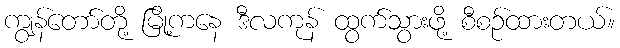
ကျွန်တော်တို့ မြို့ကနေ ဒီလကုန် ထွက်သွားဖို့ စီစဉ်ထားတယ်။